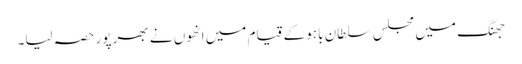
جھنگ میں مجلس سلطان باہو کے قیام میں انھوں نے بھر پور حصہ لیا۔